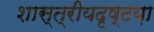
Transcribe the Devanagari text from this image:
शास्त्रीयदृष्टय़ा